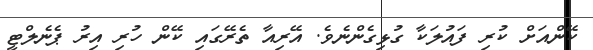
ކޭންއަށް ކުރި ފައުލަކާ ގުޅިގެންނެވެ. އޭރިއާ ތެރޭގައި ކޭން ހުރި އިރު ޕެނެލްޓީ